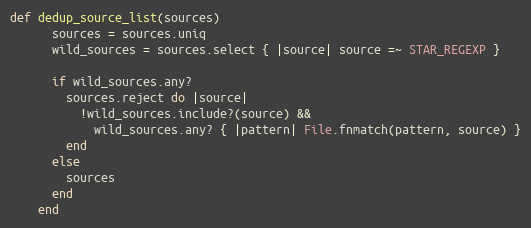
Language: Ruby
def dedup_source_list(sources)
      sources = sources.uniq
      wild_sources = sources.select { |source| source =~ STAR_REGEXP }

      if wild_sources.any?
        sources.reject do |source|
          !wild_sources.include?(source) &&
            wild_sources.any? { |pattern| File.fnmatch(pattern, source) }
        end
      else
        sources
      end
    end